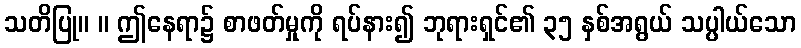
သတိပြု။ ။ ဤနေရာ၌ စာဖတ်မှုကို ရပ်နား၍ ဘုရားရှင်၏ ၃၅ နှစ်အရွယ် သပ္ပါယ်သော